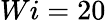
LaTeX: Wi=20